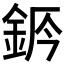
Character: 𨦄